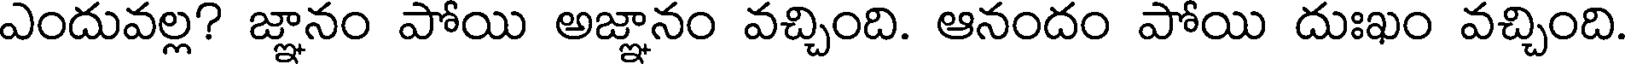
ఎందువల్ల? జ్ఞానం పోయి అజ్ఞానం వచ్చింది. ఆనందం పోయి దుఃఖం వచ్చింది